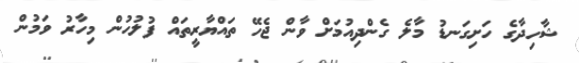
ޝާހިދާގެ ހަށިގަނޑު މާލެ ގެންދިއުމަށް ވާން ޖެހޭ ތައްޔާރީތައް ފުލުހުން މިހާރު ވަމުން